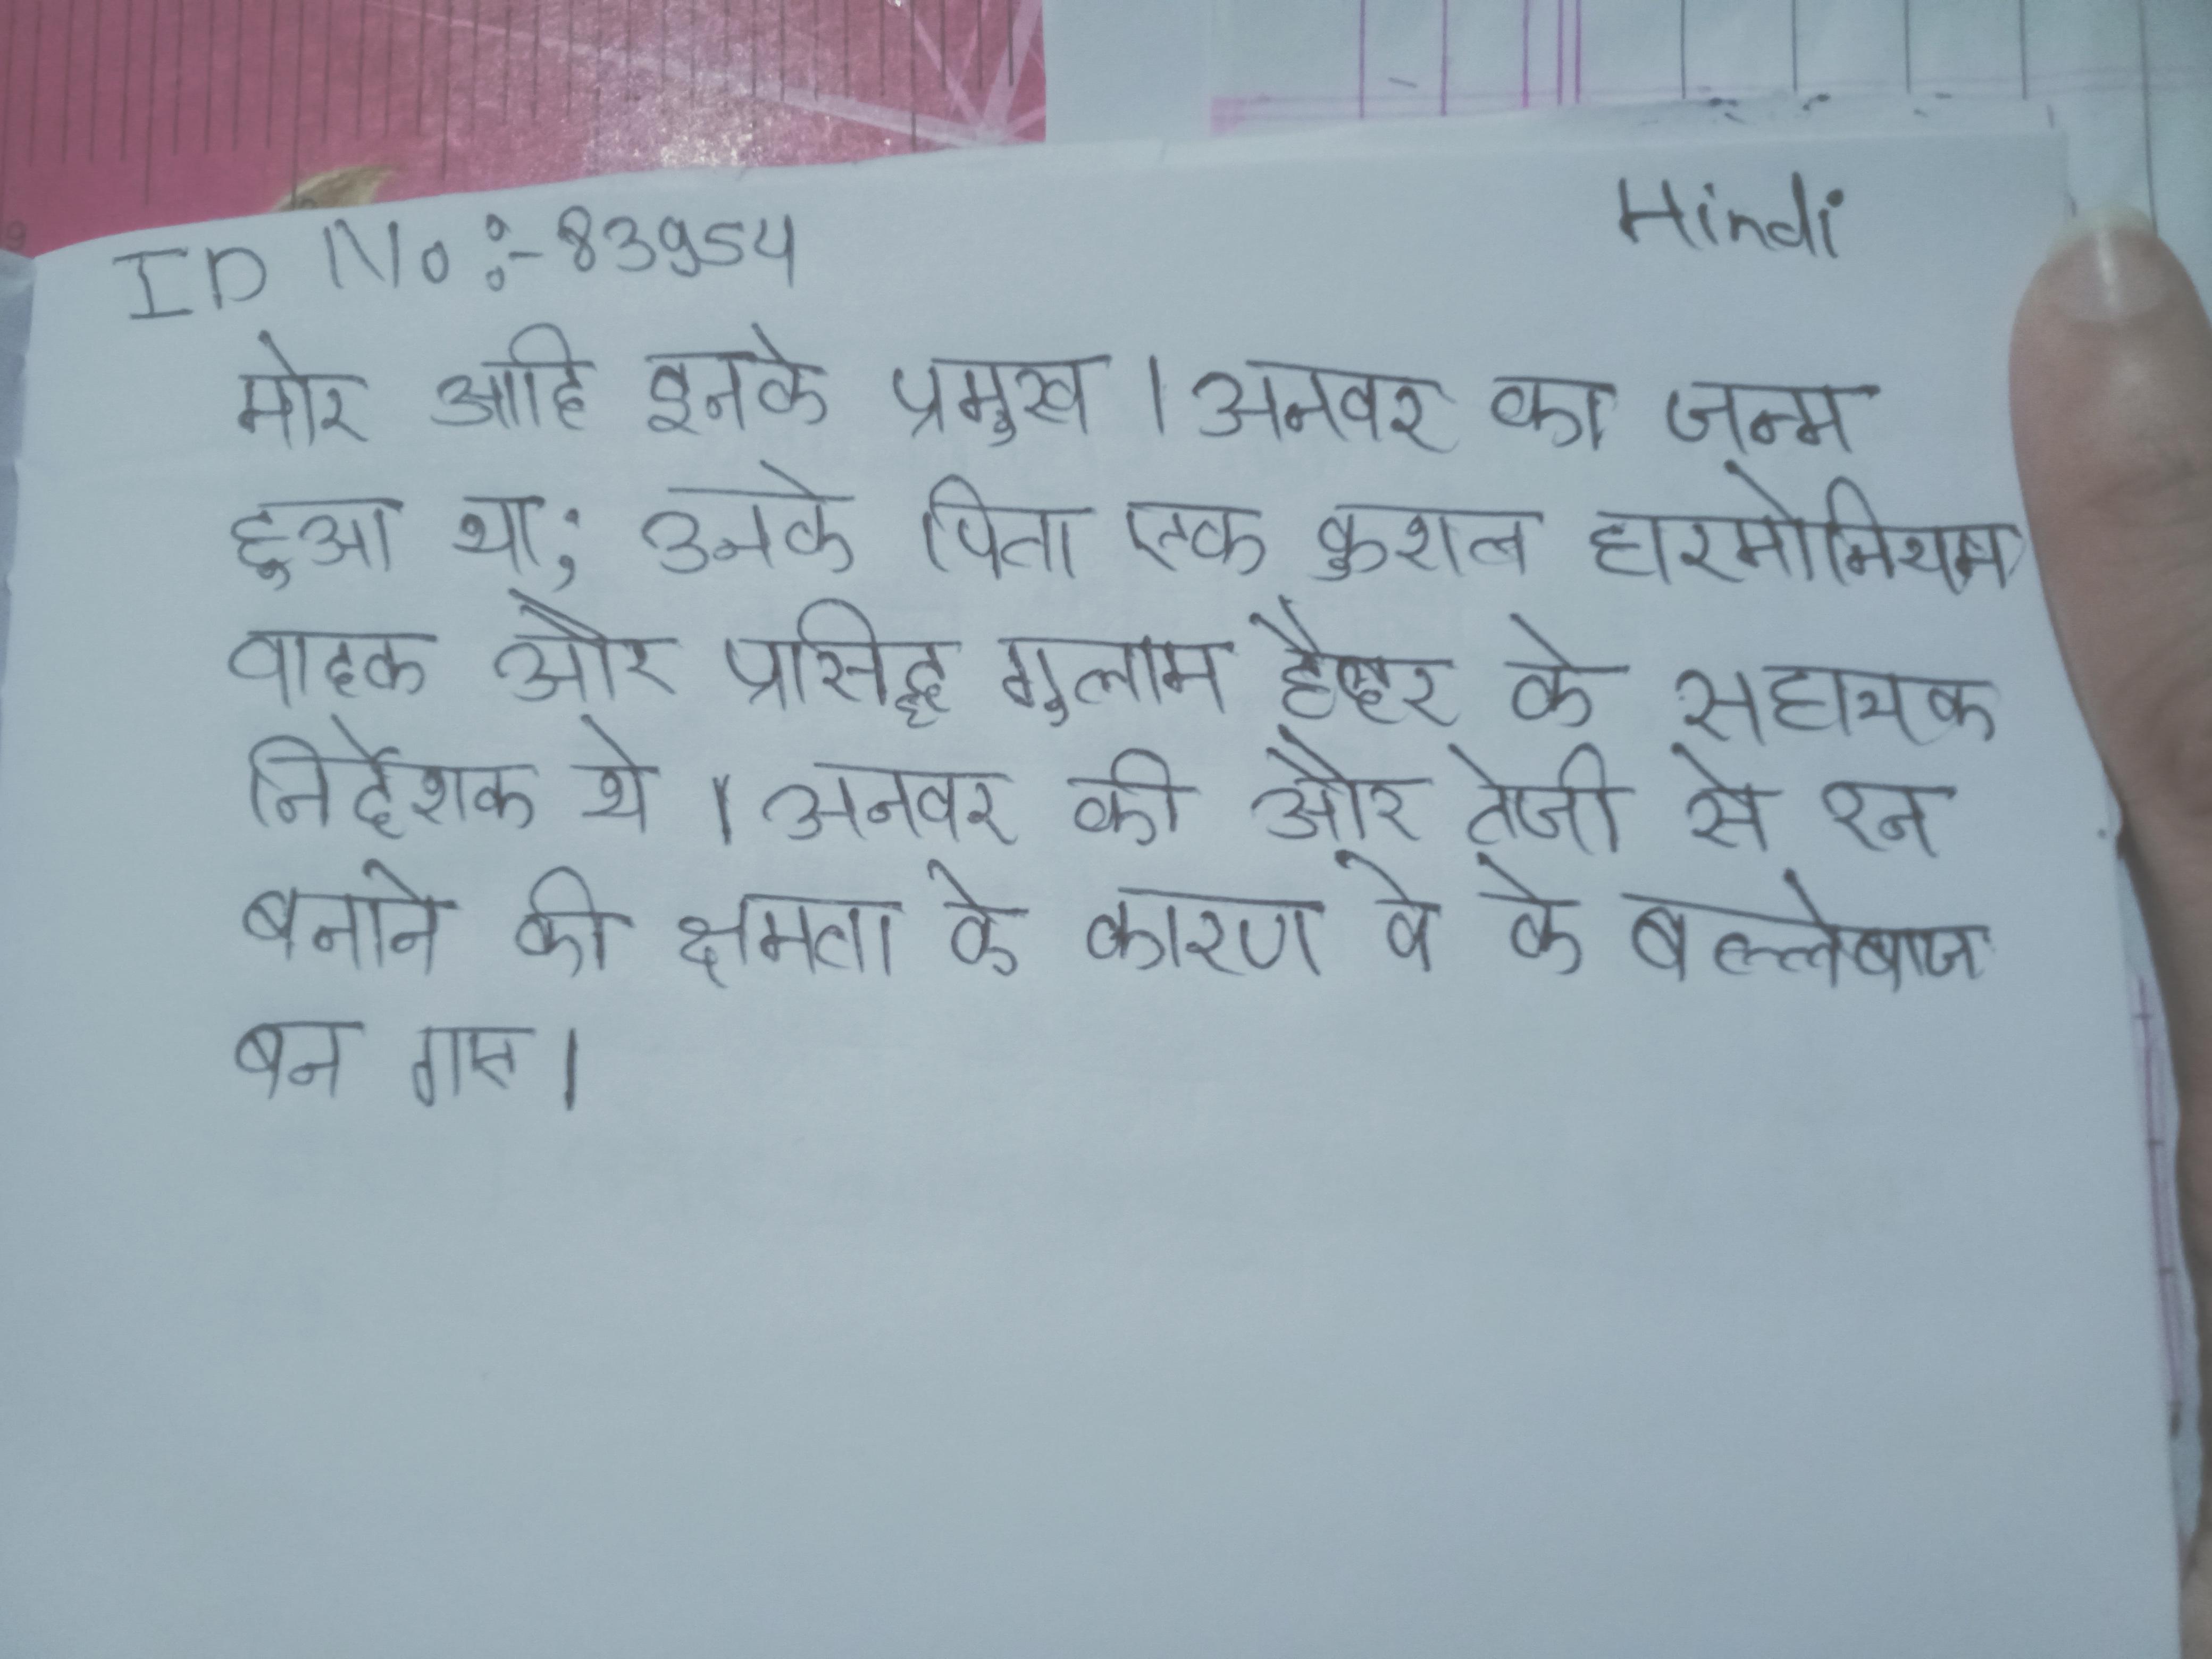
मोर आदि इनके प्रमुख । अनवर का जन्म हुआ था; उनके पिता एक कुशल हारमोनियम वादक और प्रसिद्ध गुलाम हैदर के सहायक निर्देशक थे । अनवर की और तेजी से रन बनाने की क्षमता के कारण वे के बल्लेबाज बन गए ।